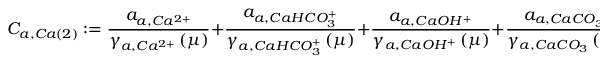
C _ { a , C a \left( 2 \right) } : = \frac { a _ { a , C a ^ { 2 + } } } { \gamma _ { a , C a ^ { 2 + } } \left( \mu \right) } + \frac { a _ { a , C a H C O _ { 3 } ^ { + } } } { \gamma _ { a , C a H C O _ { 3 } ^ { + } } \left( \mu \right) } + \frac { a _ { a , C a O H ^ { + } } } { \gamma _ { a , C a O H ^ { + } } \left( \mu \right) } + \frac { a _ { a , C a C O _ { 3 } } } { \gamma _ { a , C a C O _ { 3 } } \left( \mu \right) } + \beta _ { C a } / 2 .